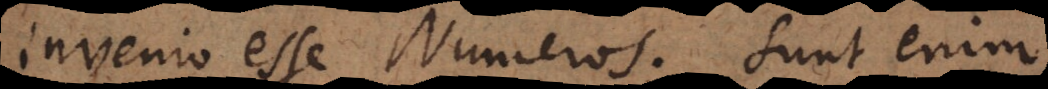
invenio esse Numeros. Sunt enim